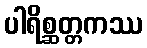
ပါရိစ္ဆတ္တကဿ